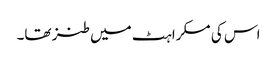
اس کی مسکراہٹ میں طنز تھا۔